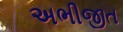
અભીજીત